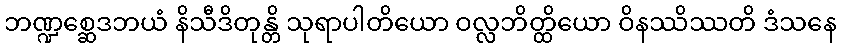
ဘဏ္ဍစ္ဆေဒဘယံ နိသီဒိတုန္တိ သုရာပါတိယော ဝလ္လဘိတ္ထိယော ဝိနဿိဿတိ ဒံသနေ